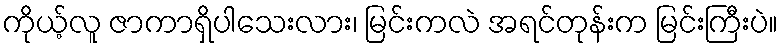
ကိုယ့်လူ ဇာကာရှိပါသေးလား၊ မြင်းကလဲ အရင်တုန်းက မြင်းကြီးပဲ။